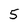
Character: 5